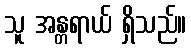
သူ အန္တရာယ် ရှိသည်။